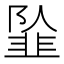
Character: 𱂍